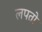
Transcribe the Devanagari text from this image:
लपतो